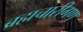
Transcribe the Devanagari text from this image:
ब्रह्मचारीगण